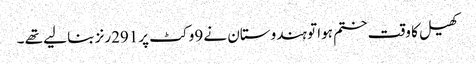
کھیل کا وقت ختم ہوا تو ہندوستان نے 9وکٹ پر291رنز بنا لیے تھے ۔